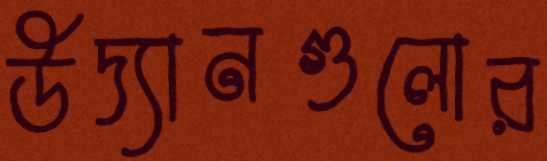
উদ্যানগুলোর